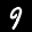
Label: 9